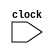
`timescale 1ns / 1ps
//////////////////////////////////////////////////////////////////////////////////
// Company: 
// Engineer: 
// 
// Design Name: 
// Module Name: cpu
// Project Name: 
// Target Devices: 
// Tool Versions: 
// Description: 
// 
// Dependencies: 
// 
// Revision:
// Revision 0.01 - File Created
// Additional Comments:
// 
//////////////////////////////////////////////////////////////////////////////////


module cpu( input clock

    );
       wire            [31:0]          Instruct, Imm, Imm_shift, data_1, data_2, MUX_ALU, loadPC, W_data, Add_1, Add_2, ALUResult, Read_Mem, JumpTo;
       wire            [31:0]          IF_ID_nextPC, IF_ID_crntPC, IF_ID_Instruct;
       wire            [31:0]          ID_EX_nextPC, ID_EX_crntPC, ID_EX_data_1, ID_EX_data_2, ID_EX_Imm;
       wire            [31:0]          EX_MEM_nextPC, EX_MEM_JumpTo, EX_MEM_ALUResult, EX_MEM_data_2;
       wire            [31:0]          MEM_WB_nextPC, MEM_WB_Read_Mem, MEM_WB_ALUResult;
       wire            [4:0]           ID_EX_Reg_rd, EX_MEM_Reg_rd, MEM_WB_Reg_rd;
       wire            [3:0]           ALUControl, ID_EX_ALUInstrct;
       wire            [2:0]           EX_MEM_Funct3;
       wire            [1:0]           ALUOp, MemtoReg, ID_EX_ALUOp, ID_EX_MemtoReg, EX_MEM_MemtoReg, MEM_WB_MemtoReg;
       wire                            Branch, isBranch, MemRead, MemWrite, ALUSrc, isJump, RegWrite, isZero;
       wire                            ID_EX_Branch, ID_EX_MemRead, ID_EX_MemWrite, ID_EX_ALUSrc, ID_EX_isJump, ID_EX_RegWrite;
       wire                            EX_MEM_Branch, EX_MEM_MemRead, EX_MEM_MemWrite, EX_MEM_RegWrite, EX_MEM_isZero, MEM_WB_RegWrite;                         
       reg             [31:0]          PC;  
           
       initial PC = 0;   
         
       assign Imm_shift = {ID_EX_Imm[30:0],1'b0};
       always @ (posedge clock ) PC <= loadPC;
       
       Instruction_Memory IM (
           .instruct_out (Instruct),
           .addr (PC)
       );
       Central_Control_Unit CU (
           .opcode (IF_ID_Instruct[6:0]),
           .Branch (Branch),
           .MemRead (MemRead),
           .MemWrite (MemWrite),
           .MemtoReg (MemtoReg),
           .ALUOp (ALUOp),
           .ALUSrc (ALUSrc),
           .Jump (isJump),
           .RegWrite (RegWrite)
       );
       Register_File RF (
           .clock (clock),
           .W_en (MEM_WB_RegWrite),
           .W_data (W_data),
           .R_addr_1 (IF_ID_Instruct[19:15]),
           .R_addr_2 (IF_ID_Instruct[24:20]),
           .W_addr (MEM_WB_Reg_rd),
           .R_data_1 (data_1),
           .R_data_2 (data_2)
       );
       Immediate_Generator ImmGen (
           .In (IF_ID_Instruct),
           .Out (Imm)
       );
       N_bit_ALU ALU (     
           .data1 (ID_EX_data_1),
           .data2 (MUX_ALU),
           .sel (ALUControl),
           .Zero (isZero),
           .result (ALUResult)
       ); 
       ALU_Control ALU_Ctrl (
           .ALU_op (ID_EX_ALUOp),
           .instruct (ID_EX_ALUInstrct),
           .ALU_sel (ALUControl)
       );
       Data_Memory DM (
           .W_en (EX_MEM_MemWrite),
           .R_en (EX_MEM_MemRead),
           .Funct3 (EX_MEM_Funct3),
           .addr (EX_MEM_ALUResult),
           .W_data (EX_MEM_data_2),
           .R_data_out (Read_Mem)        
       );
       
       IF_ID_State_Reg IF_ID(
           .clock (clock),
           .crntPC (PC),
           .nextPC (Add_1),
           .Instruct (Instruct),
           .crntPC_out (IF_ID_crntPC),
           .nextPC_out (IF_ID_nextPC),
           .Instruct_out (IF_ID_Instruct)
       );
       ID_EX_State_Reg ID_EX(
           .clock (clock),
           .RegWrite (RegWrite),
           .MemtoReg (MemtoReg),
           .MemRead (MemRead),
           .MemWrite (MemWrite),
           .Branch (Branch),
           .Jump (isJump),
           .ALUSrc (ALUSrc),
           .ALUOp (ALUOp),
           .crntPC (IF_ID_crntPC),
           .nextPC (IF_ID_nextPC),
           .Reg_rs1 (data_1),
           .Reg_rs2 (data_2),
           .Imm_Gen (Imm),
           .Reg_rd (IF_ID_Instruct[11:7]),
           .ALU_Instruct ({IF_ID_Instruct[30],IF_ID_Instruct[14:12]}),
           .RegWrite_out (ID_EX_RegWrite),
           .MemtoReg_out (ID_EX_MemtoReg),
           .MemRead_out (ID_EX_MemRead),
           .MemWrite_out (ID_EX_MemWrite),
           .Branch_out (ID_EX_Branch),
           .Jump_out (ID_EX_isJump),
           .ALUSrc_out (ID_EX_ALUSrc),
           .ALUOp_out (ID_EX_ALUOp),
           .crntPC_out (ID_EX_crntPC),
           .nextPC_out (ID_EX_nextPC),
           .Reg_rs1_out (ID_EX_data_1),
           .Reg_rs2_out (ID_EX_data_2),
           .Imm_Gen_out (ID_EX_Imm),
           .Reg_rd_out (ID_EX_Reg_rd),
           .ALU_Instruct_out (ID_EX_ALUInstrct)
       );
       EX_MEM_State_Reg EX_MEM(
           .clock (clock),
           .RegWrite (ID_EX_RegWrite),
           .MemtoReg (ID_EX_MemtoReg),
           .MemRead (ID_EX_MemRead),
           .MemWrite (ID_EX_MemWrite),
           .Branch (ID_EX_Branch),
           .Zero (isZero),
           .nextPC (ID_EX_nextPC),
           .ALUResult (ALUResult),
           .AddSum (JumpTo),
           .Reg_rs2 (ID_EX_data_2),
           .Funct3 (ID_EX_ALUInstrct[2:0]),
           .Reg_rd (ID_EX_Reg_rd),
           .RegWrite_out (EX_MEM_RegWrite),
           .MemtoReg_out (EX_MEM_MemtoReg),
           .MemRead_out (EX_MEM_MemRead),
           .MemWrite_out (EX_MEM_MemWrite),
           .Branch_out (EX_MEM_Branch),
           .Zero_out (EX_MEM_isZero),
           .nextPC_out (EX_MEM_nextPC),
           .ALUResult_out (EX_MEM_ALUResult),
           .AddSum_out (EX_MEM_JumpTo),
           .Reg_rs2_out (EX_MEM_data_2),
           .Funct3_out (EX_MEM_Funct3),
           .Reg_rd_out (EX_MEM_Reg_rd)
       );
       MEM_WB_State_Reg MEM_WB(
           .clock (clock),
           .RegWrite (EX_MEM_RegWrite),
           .MemtoReg (EX_MEM_MemtoReg),
           .nextPC (EX_MEM_nextPC),
           .ReadData (Read_Mem),
           .ALUResult (EX_MEM_ALUResult),
           .Reg_rd (EX_MEM_Reg_rd),
           .RegWrite_out (MEM_WB_RegWrite),
           .MemtoReg_out (MEM_WB_MemtoReg),
           .nextPC_out (MEM_WB_nextPC),
           .ReadData_out (MEM_WB_Read_Mem),
           .ALUResult_out (MEM_WB_ALUResult),
           .Reg_rd_out (MEM_WB_Reg_rd)
       );
       
       //Mux: Input_1, Input_2, (Input_3, Input_4,) Select, Output.

       _32_bit_2to1_MUX  Mux_1(.data1(Add_1), .data2(JumpTo), .sel(isBranch), .result(loadPC));// next PC judge
       _32_bit_2to1_MUX  Mux_2(.data1(ID_EX_data_2), .data2(ID_EX_Imm), .sel(ID_EX_ALUSrc), .result(MUX_ALU)); // ALU input2
       _32_bit_2to1_MUX  Mux_3(.data1(Add_2), .data2(ALUResult), .sel(ID_EX_isJump), .result(JumpTo)); // judge PC(jal) or ALU(jalr)
       _32_bit_4to2_MUX  Mux_4(.data1(MEM_WB_ALUResult), .data2(MEM_WB_Read_Mem), .data3(MEM_WB_nextPC), .data4(MEM_WB_nextPC),.sel(MEM_WB_MemtoReg), .result(W_data)); // for jal and jalr
       
       //Adder: Input_1, Input_2, Output.
       _32_bit_Adder Adder_1(.data1(PC), .data2(32'h00000004), .result(Add_1)); //PC+4
       _32_bit_Adder Adder_2(.data1(ID_EX_crntPC), .data2(Imm_shift), .result(Add_2)); //PC+Imm
       

       and (isBranch, ID_EX_Branch, isZero); 
endmodule

module Instruction_Memory #
(
    parameter N = 32,
    parameter reg_rows = 128
)(
    input       [N-1:0]         addr,
    output reg  [N-1:0]         instruct_out
);
    reg         [N-1:0]         Instruction [reg_rows-1:0];
   
    initial begin
        Instruction[0] <= 32'b00011001001100000000001010010011;
        Instruction[1] <= 32'b00000000000000000000000000010011;
        Instruction[2] <= 32'b00000000000000000000000000010011;
        Instruction[3] <= 32'b00000000010100101000001100110011;
        Instruction[4] <= 32'b00000000000000000000000000010011;
        Instruction[5] <= 32'b00000000000000000000000000010011;
        Instruction[6] <= 32'b01000000011000000000001110110011;
        Instruction[7] <= 32'b00000000011000101111111000110011;
        Instruction[8] <= 32'b00000000001000000000111000010011;
        Instruction[9] <= 32'b00000000000000000000000000010011;
        Instruction[10] <= 32'b00000000000000000000000000010011;
        Instruction[11] <= 32'b00000001110000110001001100110011;
        Instruction[12] <= 32'b00000000000000000000000000010011;
        Instruction[13] <= 32'b00000000000000000000000000010011;
        Instruction[14] <= 32'b00000000011000111110001110110011;
        Instruction[15] <= 32'b00000000000000000000000000010011;
        Instruction[16] <= 32'b00000000000000000000000000010011;
        Instruction[17] <= 32'b01110011001000111111111010010011;
        Instruction[18] <= 32'b00000000000000000000000000010011;
        Instruction[19] <= 32'b00000000000000000000000000010011;
        Instruction[20] <= 32'b00000000010111101101111010010011;
        Instruction[21] <= 32'b00000000000000000000000000010011;
        Instruction[22] <= 32'b00000000000000000000000000010011;
        Instruction[23] <= 32'b00000001110000111101001110110011;
        Instruction[24] <= 32'b00000000000000000000000000010011;
        Instruction[25] <= 32'b00000000000000000000000000010011;
        Instruction[26] <= 32'b00000001000000111001001110010011;
        Instruction[27] <= 32'b00000000000000000000000000010011;
        Instruction[28] <= 32'b00000000000000000000000000010011;
        Instruction[29] <= 32'b01000001110000111101001110110011;
        Instruction[30] <= 32'b00000000011000101001100001100011;
        Instruction[31] <= 32'b00000000000000000000000000010011;
        Instruction[32] <= 32'b00000000000000000000000000010011;
        Instruction[33] <= 32'b00000000000000000000001110110011;
        Instruction[34] <= 32'b00000010000000111000100001100011;
        Instruction[35] <= 32'b00000000000000000000000000010011;
        Instruction[36] <= 32'b00000000000000000000000000010011;
        Instruction[37] <= 32'b00000011110100111101001001100011;
        Instruction[38] <= 32'b00000000000000000000000000010011;
        Instruction[39] <= 32'b00000000000000000000000000010011;
        Instruction[40] <= 32'b00000000000000111000001010110011;
        Instruction[41] <= 32'b00000000000000000000000000010011;
        Instruction[42] <= 32'b00000000000000000000000000010011;
        Instruction[43] <= 32'b00000001110100111100100001100011;
        Instruction[44] <= 32'b00000000000000000000000000010011;
        Instruction[45] <= 32'b00000000000000000000000000010011;
        Instruction[46] <= 32'b00000000000000000000001010110011;
        Instruction[47] <= 32'b00000000010100111001110001100011;
        Instruction[48] <= 32'b00000000000000000000000000010011;
        Instruction[49] <= 32'b00000000000000000000000000010011;
        Instruction[50] <= 32'b00000000010100111000100001100011;
        Instruction[51] <= 32'b00000000000000000000000000010011;
        Instruction[52] <= 32'b00000000000000000000000000010011;
        Instruction[53] <= 32'b00000000000000000000001100110011;
        Instruction[54] <= 32'b00000001110100110100110001100011;
        Instruction[55] <= 32'b00000000000000000000000000010011;
        Instruction[56] <= 32'b00000000000000000000000000010011;
        Instruction[57] <= 32'b00000001110000110101100001100011;
        Instruction[58] <= 32'b00000000000000000000000000010011;
        Instruction[59] <= 32'b00000000000000000000000000010011;
        Instruction[60] <= 32'b00000000000000000000111000110011;
        Instruction[61] <= 32'b00000000000000000000111010110011;
        Instruction[62] <= 32'b00000001100000000000000011101111;
        Instruction[63] <= 32'b00000000000000000000000000010011;
        Instruction[64] <= 32'b00000000000000000000000000010011;
        Instruction[65] <= 32'b00000010011100101000100001100011;
        Instruction[66] <= 32'b00000000000000000000000000010011;
        Instruction[67] <= 32'b00000000000000000000000000010011;
        Instruction[68] <= 32'b00000000010100010010000000100011;
        Instruction[69] <= 32'b00000000011000010000001000100011;
        Instruction[70] <= 32'b00000000000000010010111010000011;
        Instruction[71] <= 32'b00000000010000010000111010000011;
        Instruction[72] <= 32'b00000000010000010100111010000011;
        Instruction[73] <= 32'b00000000000000001000000001100111;
        Instruction[74] <= 32'b00000000000000000000000000010011;
        Instruction[75] <= 32'b00000000000000000000000000010011;
        Instruction[76] <= 32'b00000000000000000000000010110011;
        Instruction[77] <= 32'b00000000000000000000001110110011;
        Instruction[78] <= 32'b00000000000000000000000000010011;
        Instruction[79] <= 32'b00000000000000000000000000010011;
        Instruction[80] <= 32'b00000000000000000000000000010011;
        
    end   
    always @ (*) begin
        instruct_out = Instruction[(addr>>2)];
    end
endmodule



module Register_File #
(
    parameter width = 32,
    parameter addr_width = 5,
    parameter reg_rows = 32
)(
    input                           clock, W_en,
    input       [width-1:0]         W_data,
    input       [addr_width-1:0]    R_addr_1, R_addr_2, W_addr,
    output      [width-1:0]         R_data_1, R_data_2
);
    reg         [width-1:0]         data  [reg_rows-1:0];
    
    integer i;
    initial begin  
        for(i=0; i<32; i=i+1)  
            data[i] <= 0;
    end 
    
    always @ (*) begin
        if (W_en && W_addr!= 0) begin
            data[W_addr] = W_data;
        end  
    end
     
    assign R_data_1 = data[R_addr_1];
    assign R_data_2 = data[R_addr_2]; 
    
endmodule




module Immediate_Generator 
(
    input       [31:0]          In,
    output reg  [31:0]          Out
);
    
    always @ (*) begin
        case (In[6:0])
            //I-type: lw
            7'b0000011: begin 
                            Out = {{20{In[31]}}, In[31:20]}; 
                        end 
            //I-type: fence
            7'b0001111: begin 
                            Out = {{20{In[31]}}, In[31:20]}; 
                        end 
            //I-type: addi
            7'b0010011: begin 
                            Out = {{20{In[31]}}, In[31:20]}; 
                        end  
            //S-type: sw
            7'b0100011: begin 
                            Out = {{20{In[31]}}, In[31:25], In[11:7]}; 
                        end 
            //B-type: beq, bne
            7'b1100011: begin 
                            Out = {{21{In[31]}}, In[7], In[30:25], In[11:8]}; 
                        end 
            //I-type: jalr
            7'b1100111: begin 
                            Out = {{20{In[31]}}, In[31:20]}; 
                        end 
            //J-type: jal
            7'b1101111: begin 
                            Out = {{21{In[31]}}, In[19:12], In[20], In[30:21]};
                        end 

            default:    begin 
                            Out[31:0]  = 0; 
                        end
        endcase
    end 
endmodule



module N_bit_ALU #
(
    parameter N = 32,
    parameter ADD = 4'b0010, parameter SUB = 4'b1000, parameter SUB_NEQ = 4'b1001,
    parameter XOR = 4'b0100, parameter  OR = 4'b0110, parameter AND = 4'b0111, parameter SUB_BLT = 4'b1100,
    parameter SLL = 4'b0001, parameter SRL = 4'b0101, parameter SRA = 4'b1101, parameter SUB_BGE = 4'b1110
)(
    input       [3:0]           sel,
    input       [N-1:0]         data1, data2,
    output reg                  Zero,
    output reg  [N-1:0]         result
);

    always @ (*) begin
        case (sel)
            ADD:
                begin
                    result =  data1 + data2; //add
                    Zero = 1'b1; //jal & jalr
                end
            SUB: 
                begin
                     if (data1 == data2) begin
                         Zero = 1; result =  0;
                     end 
                     else begin
                         Zero = 0; result =  data1 - data2; //sub
                     end
                 end
            SUB_NEQ: 
                     begin
                          if (data1 == data2) begin
                              Zero = 0; result =  0;
                          end 
                          else begin
                              Zero =  1; result =  data1 - data2; //sub
                          end
                      end                 
            SUB_BLT:
                begin
                    if ($signed(data1) < $signed(data2)) begin
                        Zero = 1; result =  data1 - data2;
                    end 
                    else begin
                        Zero = 0; result =  data1 - data2;
                    end
                end
            SUB_BGE:
                    begin
                        if ($signed(data1) < $signed(data2)) begin
                            Zero = 0; result =  data1 - data2;
                        end 
                        else begin
                            Zero =  1; result =  data1 - data2;
                        end
                    end                
            XOR:     result =  data1 ^ data2; //xor
             OR:     result =  data1 | data2; //or
            AND:     result =  data1 & data2; //and
            SLL:     result =  data1 <<data2; //sll
            SRL:     result =  data1 >>data2; //srl
            SRA:     result =  $signed(($signed(data1))>>>data2); //sra
            default: begin result = 0; Zero = 0; end
        endcase
    end
endmodule


module ALU_Control 
(
    input       [1:0]         ALU_op,
    input       [3:0]         instruct,
    output reg  [3:0]         ALU_sel 
);
    
    always @ (*) begin
        case (ALU_op)
            2'b00:  begin
                        ALU_sel = 4'b0010; //Addition
                    end
            2'b01:  begin
                        if (instruct[2:0] == 3'b101) 
                        begin 
                            ALU_sel = 4'b1110; 
                        end //bge
                        else 
                        begin 
                            ALU_sel = {1'b1, instruct[2:0]}; 
                        end //beq,bne,blt
                    end
            2'b10:  begin
                        if (instruct == 0) 
                        begin 
                            ALU_sel = 4'b0010; 
                        end //add
                        else 
                        begin 
                            ALU_sel = instruct; 
                        end //aub,and,or,xor,sll,srl,sra
                    end
            2'b11:  begin
                        if (instruct[2:0] == 0) 
                        begin 
                            ALU_sel = 4'b0010; 
                        end //addi
                        else 
                        begin 
                            ALU_sel = {1'b0, instruct[2:0]}; 
                        end //andi,slli,srli
                    end
            default:ALU_sel = 4'b0000;
        endcase
    end
endmodule

module _32_bit_Adder
(
    input       [31:0]          data1, data2,
    output reg  [31:0]          result
);
    
    always @ (*) begin
        result = data1 + data2;
    end
endmodule



module Central_Control_Unit 
(
    input       [6:0]           opcode,
    output reg  [1:0]           ALUOp, MemtoReg, //MemtoReg to select among ALUResult, DataMemo, and PC+4.
    output reg                  Branch, MemRead, MemWrite, ALUSrc, Jump, RegWrite //Jump for jalr.
);
    initial begin
        ALUOp = 0;
         MemtoReg = 0; 
         Branch = 0; 
         MemRead = 0; 
         MemWrite = 0; 
         ALUSrc = 0; 
         Jump = 0; 
         RegWrite = 0;
    end
   
    always @ (opcode) begin
        case (opcode)
        //I-type,load
            7'b0000011: begin 
            Branch = 0; 
            ALUSrc = 1; 
            ALUOp = 2'b00; 
            MemWrite = 0; 
            MemRead = 1; 
            MemtoReg = 2'b01; 
            Jump = 0; 
            RegWrite = 1; 
            end 
//          7'b0001111: 
        //I-type,Imm
            7'b0010011: begin 
            Branch = 0; 
            ALUSrc = 1; 
            ALUOp = 2'b11; 
            MemWrite = 0; 
            MemRead = 0; 
            MemtoReg = 2'b00; 
            Jump = 0; 
            RegWrite = 1; 
            end 
//          7'b0010111: 
        //S-type,save
            7'b0100011: begin 
            Branch = 0;
            ALUSrc = 1; 
            ALUOp = 2'b00; 
            MemWrite = 1; 
            MemRead = 0; 
            MemtoReg = 2'b00; 
            Jump = 0; 
            RegWrite = 0; 
            end 
//          7'b0110111: 
        //B-type,brnch
            7'b1100011: begin 
            Branch = 1; 
            ALUSrc = 0; 
            ALUOp = 2'b01; 
            MemWrite = 0; 
            MemRead = 0; 
            MemtoReg = 2'b00; 
            Jump = 0; 
            RegWrite = 0; 
            end 
        //I-type,jalr
            7'b1100111: begin 
            Branch = 1; 
            ALUSrc = 1; 
            ALUOp = 2'b00; 
            MemWrite = 0; 
            MemRead = 0; 
            MemtoReg = 2'b10; 
            Jump = 1; 
            RegWrite = 1; 
            end 
        //J-type,jal
            7'b1101111: begin 
            Branch = 1; 
            ALUSrc = 1; 
            ALUOp = 2'b00; 
            MemWrite = 0; 
            MemRead = 0; 
            MemtoReg = 2'b10; 
            Jump = 0; 
            RegWrite = 1; 
            end 
//          7'b1110011: 
        //R-type,calc
            7'b0110011: begin 
            Branch = 0; 
            ALUSrc = 0; 
            ALUOp = 2'b10; 
            MemWrite = 0; 
            MemRead = 0; 
            MemtoReg = 2'b00; 
            Jump = 0; 
            RegWrite = 1; 
            end 
            default:    begin 
            Branch = 0; 
            ALUSrc = 0; 
            ALUOp = 2'b00;
            MemWrite = 0;
            MemRead = 0; 
            MemtoReg = 2'b00; 
            Jump = 0; 
            RegWrite = 0; 
            end
        endcase
    end
endmodule

module _32_bit_2to1_MUX 
(
    input                      sel,
    input       [31:0]         data1, data2,
    output reg  [31:0]         result
);

    always @ (*) begin
        case (sel)
            1'b0:   result = data1;
            1'b1:   result = data2;
            default:    result = 0;
        endcase
    end
endmodule

module _32_bit_4to2_MUX 
(
    input       [1:0]          sel,
    input       [31:0]         data1, data2, data3, data4,
    output reg  [31:0]         result
);

    always @ (*) begin
        case (sel)
            2'b00:   result = data1;
            2'b01:   result = data2;
            2'b10:   result = data3;
            2'b11:   result = data4;
            default:    result = 0;
        endcase
    end
endmodule



module Data_Memory #
(
    parameter N = 32, parameter SW = 3'b010,parameter SB = 3'b000, parameter LBU = 3'b100,parameter LW = 3'b010,parameter LB = 3'b000,
    parameter reg_rows = 32'h00000010
)(
    input                       W_en, R_en,
    input       [2:0]           Funct3,
    input       [N-1:0]         addr, W_data,
    output reg  [N-1:0]         R_data_out
);
    reg         [7:0]           data[reg_rows-1:0];
    
    //Write to Data Memory
    always @ (*) begin
        if (W_en) begin
            case (Funct3)
                SW: begin //save word
                    data[addr] <= W_data[7:0]; data[addr+1] <= W_data[15:8]; data[addr+2] <= W_data[23:16]; data[addr+3] <= W_data[31:24]; 
                end
                 
                SB: begin //save byte
                    data[addr] <= W_data[7:0];
                end
                default: data[addr] <= data[addr];
            endcase
        end
    end
    //Read from Data Memory
    always @ (*) begin    
        if (R_en) begin
            case (Funct3)
                LW: begin //load word
                    R_data_out <= {data[addr+3], data[addr+2], data[addr+1], data[addr]};
                end
                
                LB: begin //load byte
                    R_data_out <= {{24{data[addr][7]}}, data[addr]};
                end
                LBU: begin //load byte unsigned
                    R_data_out <= {{24{1'b0}}, data[addr]};
                end
                default: R_data_out <= R_data_out;
            endcase
        end
    end
endmodule

module IF_ID_State_Reg(
    input                   clock,
    input       [31:0]      crntPC,
    input       [31:0]      nextPC,
    input       [31:0]      Instruct,
    output reg  [31:0]      crntPC_out,
    output reg  [31:0]      nextPC_out,
    output reg  [31:0]      Instruct_out
);

    initial begin
        crntPC_out = 0; 
        nextPC_out = 0; 
        Instruct_out = 0;
    end

    always @ (posedge clock) begin
        crntPC_out = crntPC;
        nextPC_out = nextPC;
        Instruct_out = Instruct;
    end
    
endmodule

module ID_EX_State_Reg(
    input                   clock,
    input                   RegWrite,   //WB
    input       [1:0]       MemtoReg,   //WB
    input                   MemRead,    //MEM
    input                   MemWrite,   //MEM
    input                   Branch,     //MEM
    input                   Jump,       //EX
    input                   ALUSrc,     //EX
    input       [1:0]       ALUOp,      //EX
    input       [31:0]      crntPC,
    input       [31:0]      nextPC,
    input       [31:0]      Reg_rs1,
    input       [31:0]      Reg_rs2,
    input       [31:0]      Imm_Gen,
    input       [4:0]       Reg_rd,
    input       [3:0]       ALU_Instruct,
    output reg              RegWrite_out,   //WB
    output reg  [1:0]       MemtoReg_out,   //WB
    output reg              MemRead_out,    //MEM
    output reg              MemWrite_out,   //MEM
    output reg              Branch_out,     //MEM
    output reg              Jump_out,       //EX
    output reg              ALUSrc_out,     //EX
    output reg  [1:0]       ALUOp_out,      //EX
    output reg  [31:0]      crntPC_out,
    output reg  [31:0]      nextPC_out,
    output reg  [31:0]      Reg_rs1_out,
    output reg  [31:0]      Reg_rs2_out,
    output reg  [31:0]      Imm_Gen_out,
    output reg  [4:0]       Reg_rd_out,
    output reg  [3:0]       ALU_Instruct_out
);

    initial begin
        RegWrite_out = 0; MemtoReg_out = 0; MemRead_out = 0; MemWrite_out = 0; Branch_out = 0; Jump_out = 0; ALUSrc_out = 0; 
        ALUOp_out = 0; crntPC_out = 0; nextPC_out = 0; Reg_rs1_out = 0; Reg_rs2_out = 0; Imm_Gen_out = 0; Reg_rd_out = 0; ALU_Instruct_out = 0;
    end

    always @ (posedge clock) begin
        RegWrite_out    <= RegWrite;
        MemtoReg_out    <= MemtoReg;
        MemRead_out     <= MemRead;
        MemWrite_out    <= MemWrite;
        Branch_out      <= Branch;
        Jump_out        <= Jump;
        ALUSrc_out      <= ALUSrc;
        ALUOp_out       <= ALUOp;
        crntPC_out      <= crntPC;
        nextPC_out      <= nextPC;
        Reg_rs1_out     <= Reg_rs1;
        Reg_rs2_out     <= Reg_rs2;
        Reg_rd_out      <= Reg_rd;
        Imm_Gen_out     <= Imm_Gen;
        ALU_Instruct_out <= ALU_Instruct;
    end

endmodule

module EX_MEM_State_Reg(
    input                   clock,
    input                   RegWrite,   //WB
    input       [1:0]       MemtoReg,   //WB
    input                   MemRead,    //MEM
    input                   MemWrite,   //MEM
    input                   Branch,     //MEM
    input                   Zero,
    input       [31:0]      nextPC,
    input       [31:0]      ALUResult,
    input       [31:0]      AddSum,
    input       [31:0]      Reg_rs2,
    input       [2:0]       Funct3,
    input       [4:0]       Reg_rd,
    output reg              RegWrite_out,   //WB
    output reg  [1:0]       MemtoReg_out,   //WB
    output reg              MemRead_out,    //MEM
    output reg              MemWrite_out,   //MEM
    output reg              Branch_out,     //MEM
    output reg              Zero_out,
    output reg  [31:0]      nextPC_out,
    output reg  [31:0]      ALUResult_out,
    output reg  [31:0]      AddSum_out,
    output reg  [31:0]      Reg_rs2_out,
    output reg  [2:0]       Funct3_out,
    output reg  [4:0]       Reg_rd_out
);

    initial begin
        RegWrite_out = 0; MemtoReg_out = 0; MemRead_out = 0; MemWrite_out = 0; Branch_out = 0; Zero_out = 0; nextPC_out = 0; 
        ALUResult_out = 0; AddSum_out = 0; Reg_rs2_out = 0; Funct3_out = 0; Reg_rd_out = 0;
    end

    always @ (posedge clock) begin
        RegWrite_out    <= RegWrite;
        MemtoReg_out    <= MemtoReg;
        MemRead_out     <= MemRead;
        MemWrite_out    <= MemWrite;
        Branch_out      <= Branch;
        Zero_out        <= Zero;
        nextPC_out      <= nextPC;
        ALUResult_out   <= ALUResult;
        AddSum_out      <= AddSum;
        Reg_rs2_out     <= Reg_rs2;
        Funct3_out      <= Funct3;
        Reg_rd_out      <= Reg_rd;
    end

endmodule

module MEM_WB_State_Reg(
    input                   clock,
    input                   RegWrite,   //WB
    input       [1:0]       MemtoReg,   //WB
    input       [31:0]      nextPC,
    input       [31:0]      ReadData,
    input       [31:0]      ALUResult,
    input       [4:0]       Reg_rd,
    output reg              RegWrite_out,   //WB
    output reg  [1:0]       MemtoReg_out,   //WB
    output reg  [31:0]      nextPC_out,
    output reg  [31:0]      ReadData_out,
    output reg  [31:0]      ALUResult_out,
    output reg  [4:0]       Reg_rd_out
);

    initial begin
        RegWrite_out = 0; MemtoReg_out = 0; nextPC_out = 0; ReadData_out = 0; ALUResult_out = 0; Reg_rd_out = 0;
    end
    
    always @ (posedge clock) begin
        RegWrite_out    <= RegWrite;
        MemtoReg_out    <= MemtoReg;
        nextPC_out      <= nextPC;
        ReadData_out    <= ReadData;
        ALUResult_out   <= ALUResult;
        Reg_rd_out      <= Reg_rd;
    end

endmodule